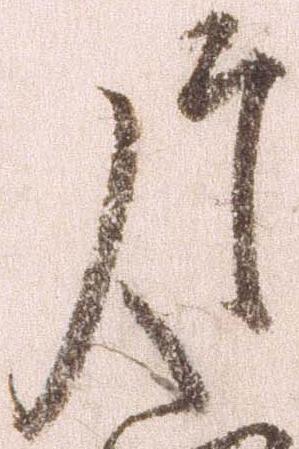
片